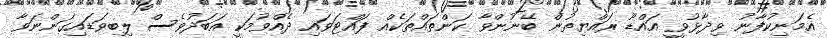
އެމަނިކުފާނު ވިދާޅުވީ އައްޑޫ ރައްޔިތުން ބޭނުންވާ ކަންތައްތަކެއް ފައްޓަވައި ދެއްވުމަކީ އަބަދުވެސް ލިބިވަޑައިގަންނަވާ